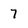
Character: 7